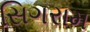
સિગરામ